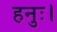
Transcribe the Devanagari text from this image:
हनुः।